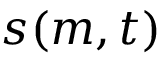
s ( m , t )